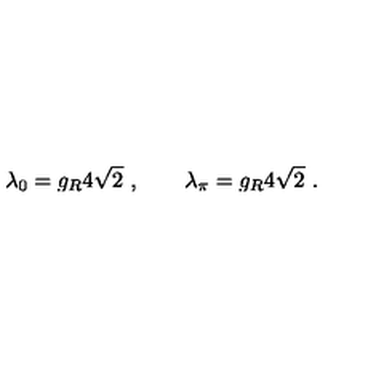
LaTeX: \lambda _ { 0 } = g _ { R } 4 \sqrt { 2 } \ , \qquad \lambda _ { \pi } = g _ { R } 4 \sqrt { 2 } \ .